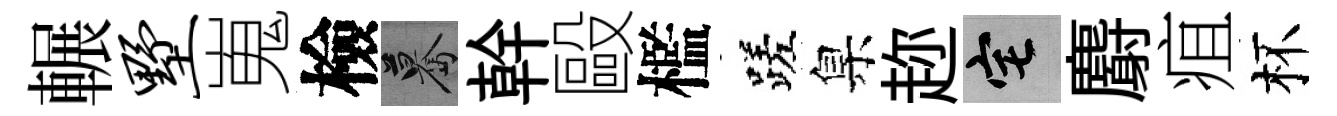
輾墅嵬檢驀幹毆檻蹉臬趂宅麝疽杯